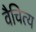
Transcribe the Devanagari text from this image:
वैचित्य